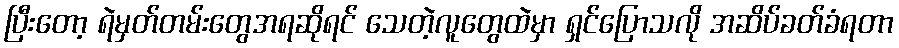
ပြီးတော့ ရဲမှတ်တမ်းတွေအရဆိုရင် သေတဲ့လူတွေထဲမှာ ရှင်ပြောသလို အဆိပ်ခတ်ခံရတာ